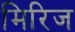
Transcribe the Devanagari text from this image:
मिरिज